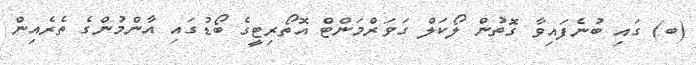
(ބ) ގައި ބުނެފައިވާ ގޮތުން ލޯކަލް ގަވަރްމަންޓް އޮތޯރިޓީގެ ބޯޑުގައި އާންމުންގެ ތެރެއިން